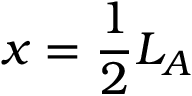
x = \frac { 1 } { 2 } L _ { A }